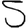
Digit: 5